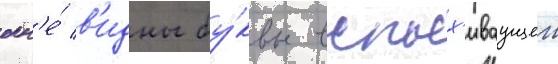
окн'е́ в'идны бу́квы вспых'иваущеи